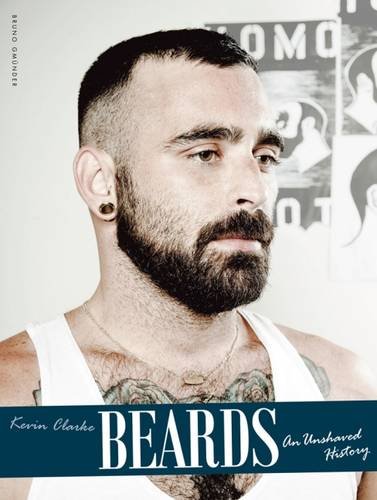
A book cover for Beards: An Unshaved History; Kevin Clarke; Gay & Lesbian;